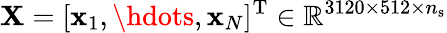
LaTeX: \mathbf{X}=[\mathbf{x}_{1},\hdots,\mathbf{x}_{N}]^{\mathrm{T}}\in\mathbb{R}^{3120\times 512\times n_{\mathrm{s}}}